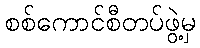
စစ်ကောင်စီတပ်ဖွဲ့မှ